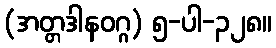
(အတ္တဒါနဝဂ္ဂ) ၅-ပါ-၃၂၈။